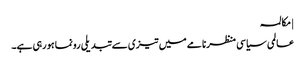
| مکالمہ
عالمی سیاسی منظرنامے میں تیزی سے تبدیلی رونما ہو رہی ہے۔